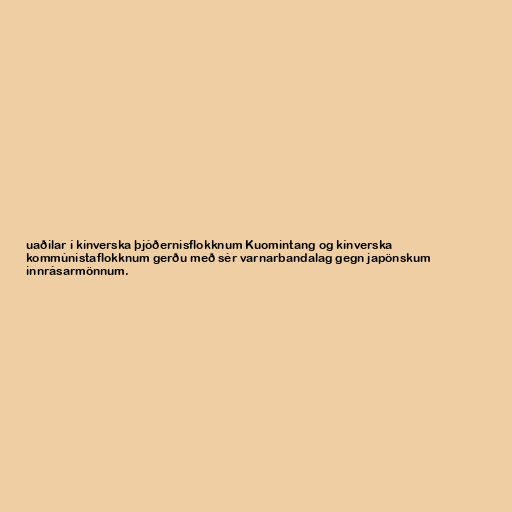
uaðilar í kínverska þjóðernisflokknum Kuomintang og kínverska
kommúnistaflokknum gerðu með sér varnarbandalag gegn japönskum
innrásarmönnum.